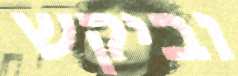
וביקש